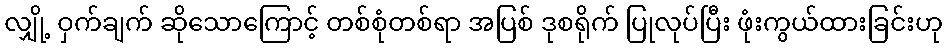
လျှို့ ဝှက်ချက် ဆိုသောကြောင့် တစ်စုံတစ်ရာ အပြစ် ဒုစရိုက် ပြုလုပ်ပြီး ဖုံးကွယ်ထားခြင်းဟု